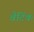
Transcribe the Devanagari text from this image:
बैटिंक